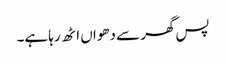
پس گھر سے دھواں اٹھ رہا ہے۔